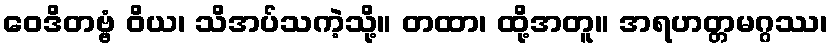
ဝေဒိတဗ္ဗံ ဝိယ၊ သိအပ်သကဲ့သို့။ တထာ၊ ထို့အတူ။ အရဟတ္တမဂ္ဂဿ၊